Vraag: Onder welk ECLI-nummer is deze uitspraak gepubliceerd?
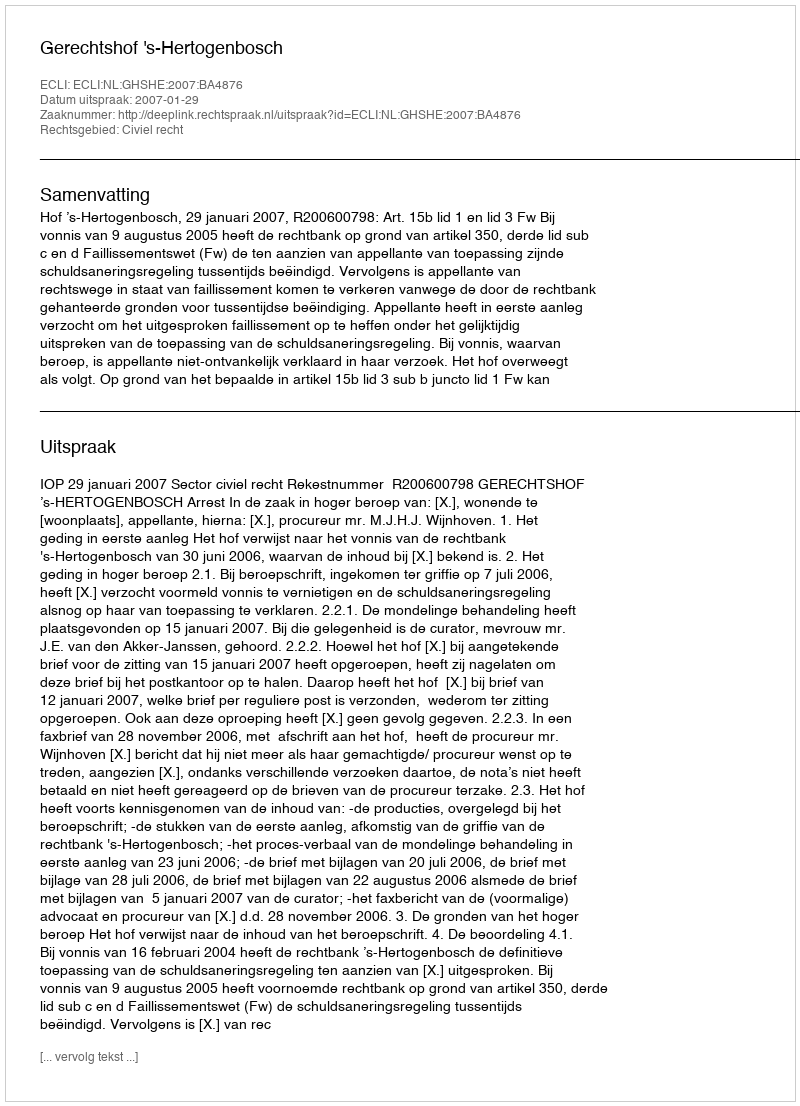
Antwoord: ECLI:NL:GHSHE:2007:BA4876